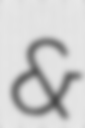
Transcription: &